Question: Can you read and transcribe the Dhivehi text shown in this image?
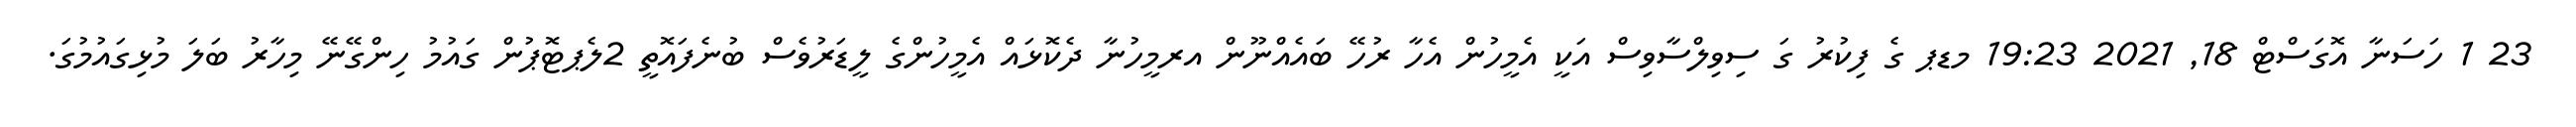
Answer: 23 1 ހަސަނާ އޮގަސްޓް 18, 2021 19:23 މޑޕ ގެ ފިކުރު ގަ ސިވިލްސާވިސް އަކީ އެމީހުން އެހާ ރުހޭ ބައެއްނޫން އރމީހުނާ ދެކޮޅައް އެމީހުންގެ ލީޑަރުވެސް ބުނެފައޮތީ 2ލެޕޓޮޕުން ގައުމު ހިންގޭނޭ މިހާރު ބަލަ މުޅިގައުމުގަ.